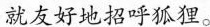
就友好地招呼狐狸。